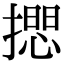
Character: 𢵃